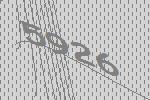
5926